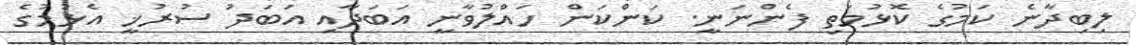
ލިބިދާނެ ކަމުގެ ކޮޅުމަތި ފެންނަނީ. ކަންކަން ހައްލުވާނީ އަބަދާއި އަބަދު ސުރުޚީ އެޅުމުގެ